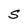
Character: S